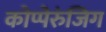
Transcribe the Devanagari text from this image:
कोप्पेरुंजिग